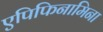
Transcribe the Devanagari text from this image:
एपिफिनामिना